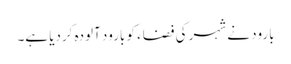
بارود نے شہر کی فضاء کو بارود آلودہ کردیا ہے۔